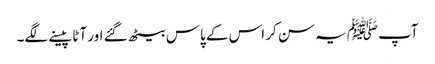
آپ ﷺیہ سن کر اس کے پاس بیٹھ گئے اور آٹا پیسنے لگے۔